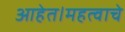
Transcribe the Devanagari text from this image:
आहेत।महत्वाचे